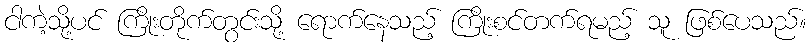
ငါကဲ့သို့ပင် ကြိုးတိုက်တွင်းသို့ ရောက်နေသည့် ကြိုးစင်တက်ရမည့် သူ ဖြစ်ပေသည်။